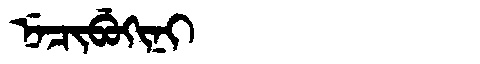
Manchu: ᠨᡝᠴᡳᠪᡠᡴᡳᠨᡳ
Romanization: NECIBUKINI